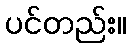
ပင်တည်း။